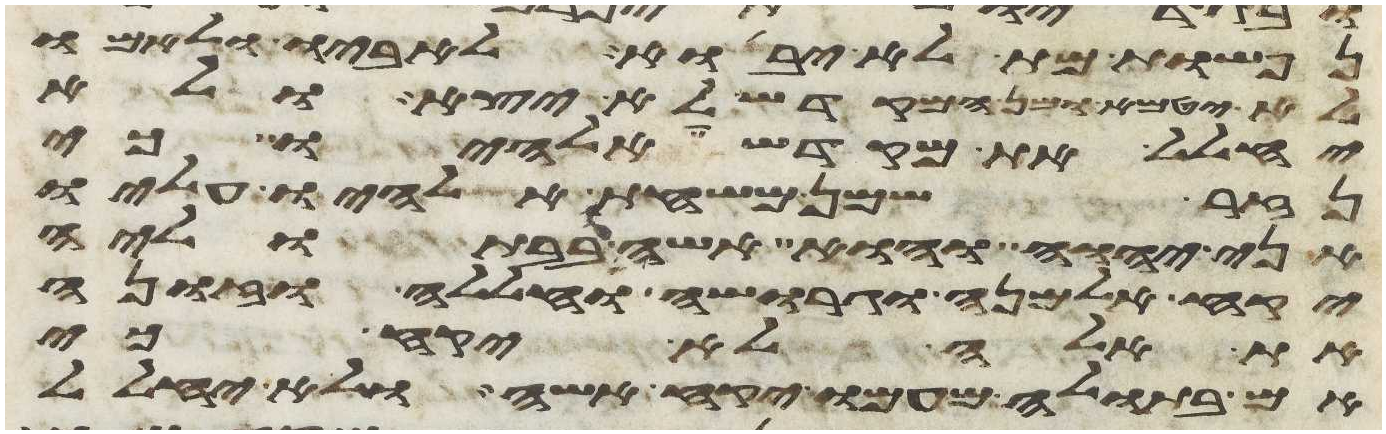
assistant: נפשות מת לא יבוא לאביו ולאמו
לא יטמא ומן המקדש לא יצא ולא
יחלל את מקדש אלהיו כי
נזר שמן משחת אלהיו עליו
אני יהוה והוא אשה בבתוליה
יקח אלמנה וגרושה וחללה וזונה
את אלה לא יקח כי
אם בתולה מעמו יקח אשה ולא יחלל